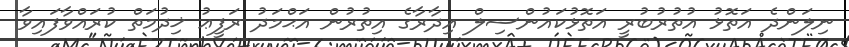
ނިލަންދެ އަތޮޅު އުތުރުބުރީ އަތޮޅުކައުންސިލް އިދާރާގެ އިތުރުން އަޙްމަދު ރަފީޢު ޚިދުމަތް ކުރައްވާފައިވާ